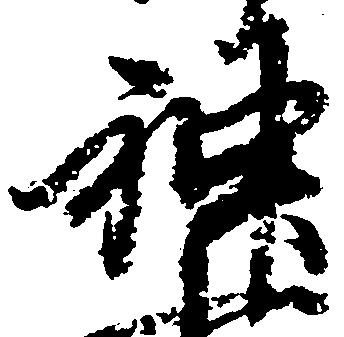
神